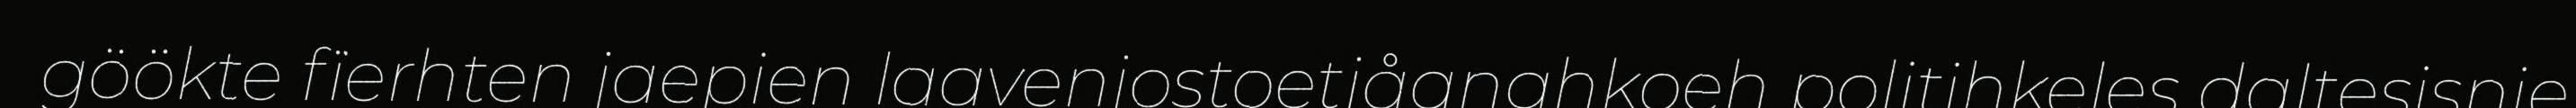
göökte fïerhten jaepien laavenjostoetjåanghkoeh politihkeles daltesisnie